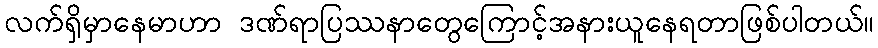
လက်ရှိမှာနေမာဟာ ဒဏ်ရာပြဿနာတွေကြောင့်အနားယူနေရတာဖြစ်ပါတယ်။